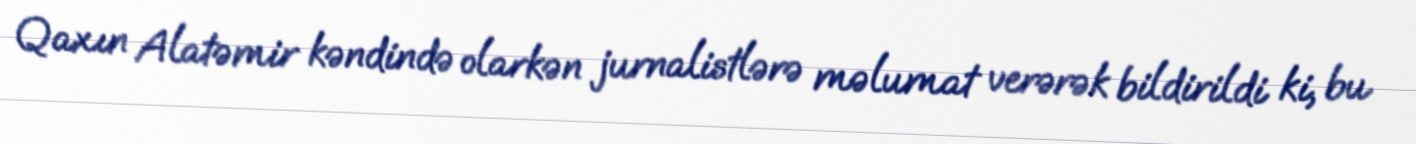
Qaxın Alatəmir kəndində olarkən jurnalistlərə məlumat verərək bildirildi ki, bu